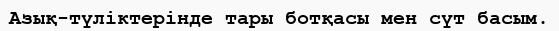
Азық-түліктерінде тары ботқасы мен сүт басым.